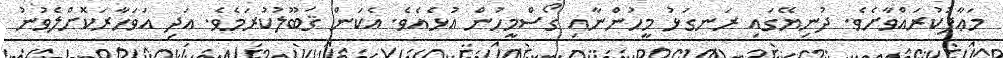
މަޢާފުކުރައްވާށެވެ. ދުނިޔޭގައި ރަނގަޅު މީހުންނާއި ގޯސްމީހުން އުޅެއެވެ. އެކަން ޤަބޫލުކުރަމެވެ. އަދި އަވަހާރަކޮށްލެވުނު